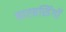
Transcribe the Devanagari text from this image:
बारहसिंगों